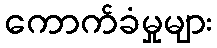
ကောက်ခံမှုများ